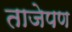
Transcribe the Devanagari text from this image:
ताजेपण